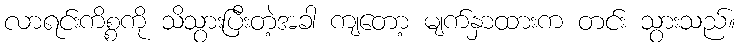
လာရင်းကိစ္စကို သိသွားပြီးတဲ့အခါ ကျတော့ မျက်နှာထားက တင်း သွားသည်။